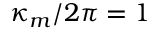
\kappa _ { m } / 2 \pi = 1